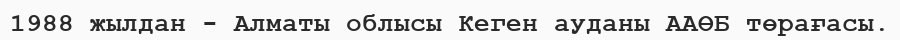
1988 жылдан - Алматы облысы Кеген ауданы ААӨБ төрағасы.